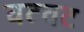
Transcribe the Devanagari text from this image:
वटवट